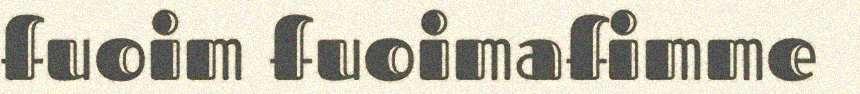
fuoim fuoimafimme